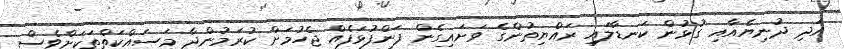
އަދި ދުނިޔެއާއި ގުޅުން ކަނޑާލައި ރައްޔިތުންގެ ވަށައިގެން ފަންފުޅަފެއް ޖެހުމަށް ކުރަމުންދާ މަސައްކަތްތަކަށްވެސް